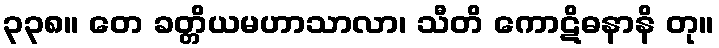
၃၃၈။ တေ ခတ္တိယမဟာသာလာ၊ သီတိ ကောဋိဓနာနိ တု။